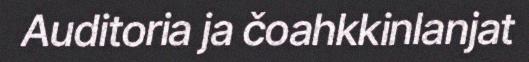
Auditoria ja čoahkkinlanjat